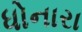
ધોનારા